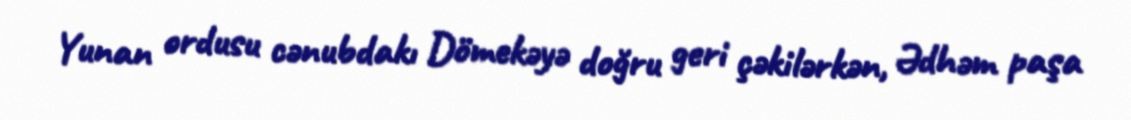
Yunan ordusu cənubdakı Dömekəyə doğru geri çəkilərkən, Ədhəm paşa